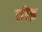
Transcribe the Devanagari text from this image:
तोइ